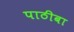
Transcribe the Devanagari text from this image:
पाठीबा